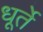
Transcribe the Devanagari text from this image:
धूर्ते